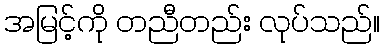
အမြင့်ကို တညီတည်း လုပ်သည်။